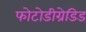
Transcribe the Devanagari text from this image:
फोटोडीग्रेडिड